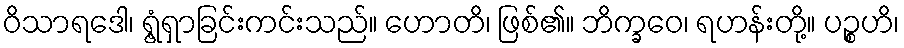
ဝိသာရဒေါ၊ ရွံ့ရှာခြင်းကင်းသည်။ ဟောတိ၊ ဖြစ်၏။ ဘိက္ခဝေ၊ ရဟန်းတို့။ ပဉ္စဟိ၊